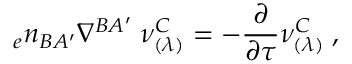
{ _ { e } n _ { B A ^ { \prime } } } \nabla ^ { B A ^ { \prime } } \; \nu _ { ( \lambda ) } ^ { C } = - { \frac { \partial } { \partial \tau } } \nu _ { ( \lambda ) } ^ { C } \; ,